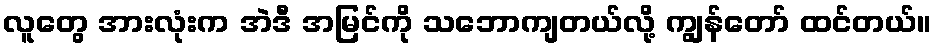
လူတွေ အားလုံးက အဲဒီ အမြင်ကို သဘောကျတယ်လို့ ကျွန်တော် ထင်တယ်။